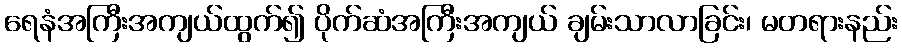
ရေနံအကြီးအကျယ်ထွက်၍ ပိုက်ဆံအကြီးအကျယ် ချမ်းသာလာခြင်း၊ မတရားနည်း